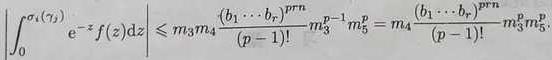
$$\left|\int_{0}^{\sigma_{1}\left(\gamma_{1}\right)} \mathrm{e}^{-z} f(z) \mathrm{d} z\right| \leqslant m_{3} m_{4} \frac{\left(b_{1} \cdots b_{s}\right)^{p r n}}{(p-1)!} m_{3}^{p-1} m_{5}^{p}=m_{4} \frac{\left(b_{1} \cdots b_{s}\right)^{p r n}}{(p-1)!} m_{3}^{p} m_{5}^{p}$$